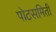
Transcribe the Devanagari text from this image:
पोटसमिती